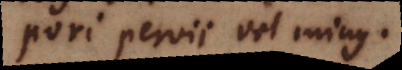
Pori pervii vel minus.